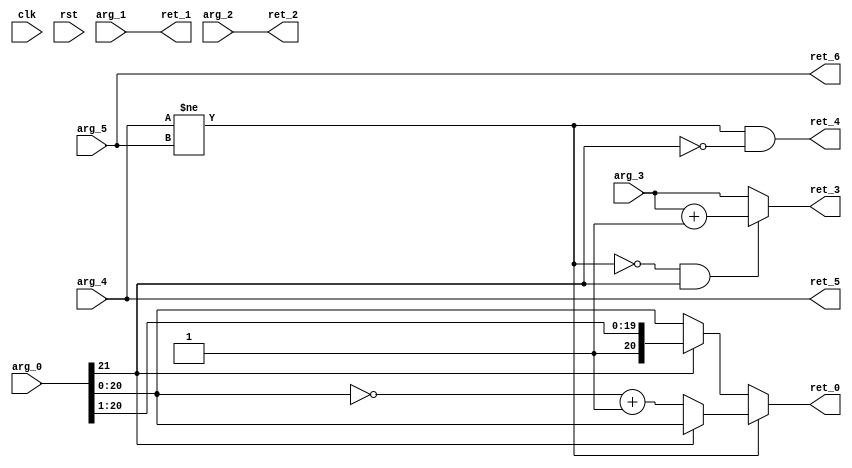
module FP16RAddSubS3Of5(
 input 	       clk,
 input 	       rst,
 input [21:0]  arg_0,
 input 	       arg_1,
 input 	       arg_2,
 input [4:0]   arg_3,
 input 	       arg_4,
 input 	       arg_5,
 output [20:0] ret_0,
 output        ret_1,
 output        ret_2,
 output [4:0]  ret_3,
 output        ret_4,
 output        ret_5,
 output        ret_6);
   wire [21:0] r;
   wire        xs;
   wire        ys;
   wire [4:0]  e;
   wire        xn;
   wire        yn;
   wire        diff_sign;
   wire        with_carry;
   wire        neg;
   wire [20:0] neg_r;
   wire [20:0] half_r;
   wire [20:0] r_diff;
   wire [20:0] r_same;
   wire [20:0] r_final;
   wire [4:0]  eplus;
   wire [4:0]  e_final;
   assign r = arg_0;
   assign xs = arg_1;
   assign ys = arg_2;
   assign e = arg_3;
   assign xn = arg_4;
   assign yn = arg_5;
   assign diff_sign = (xn != yn);
   assign with_carry = r[21:21];
   assign neg_r = (~r) + 1;
   assign half_r = r[21:1];
   assign neg = diff_sign & !with_carry;
   assign eplus = e + 1;
   assign r_diff = with_carry ? r[20:0] : neg_r;
   assign r_same = with_carry ? half_r : r[20:0];
   assign r_final = diff_sign ? r_diff : r_same;
   assign e_final = (!diff_sign && with_carry) ? eplus : e;
   assign ret_0 = r_final;
   assign ret_1 = xs;
   assign ret_2 = ys;
   assign ret_3 = e_final;
   assign ret_4 = neg;
   assign ret_5 = xn;
   assign ret_6 = yn;
endmodule